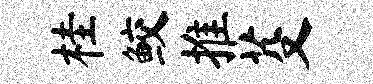
桂鲛推芟